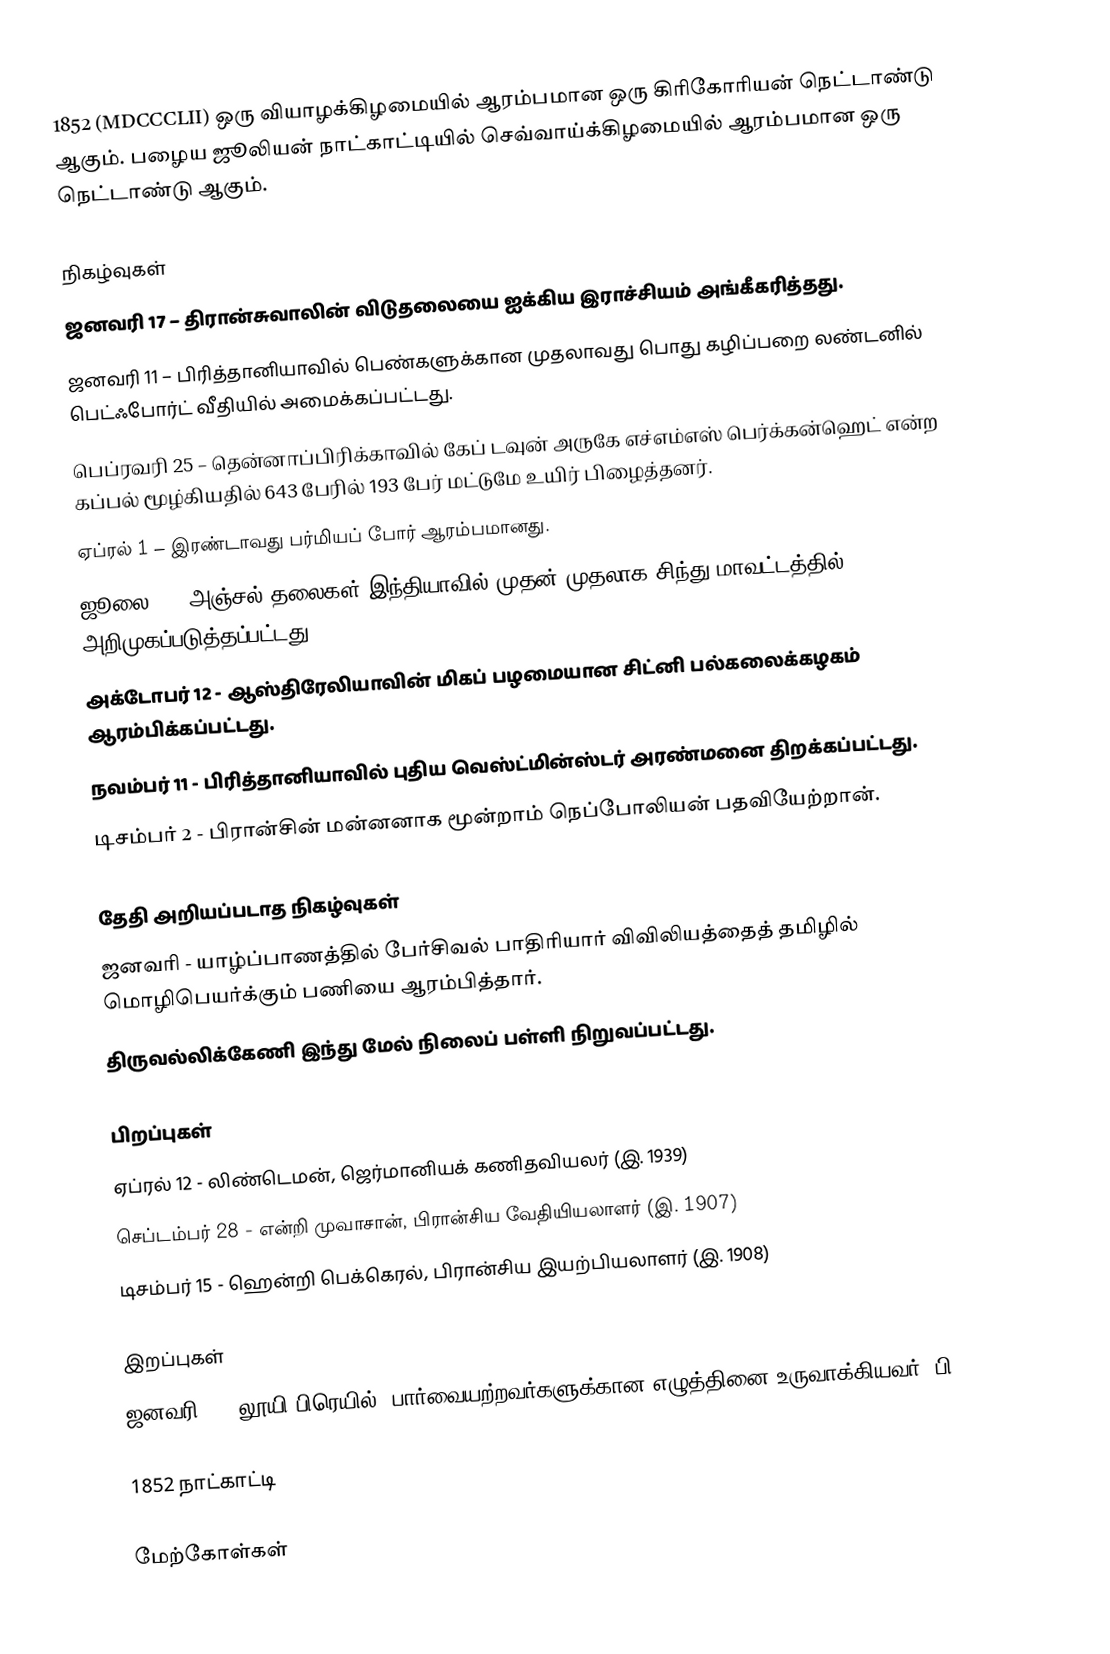
1852  (MDCCCLII) ஒரு வியாழக்கிழமையில் ஆரம்பமான ஒரு கிரிகோரியன் நெட்டாண்டு ஆகும். பழைய ஜூலியன் நாட்காட்டியில் செவ்வாய்க்கிழமையில் ஆரம்பமான ஒரு நெட்டாண்டு ஆகும்.

நிகழ்வுகள்
ஜனவரி 17 – திரான்சுவாலின் விடுதலையை ஐக்கிய இராச்சியம் அங்கீகரித்தது.
ஜனவரி 11 – பிரித்தானியாவில் பெண்களுக்கான முதலாவது பொது கழிப்பறை லண்டனில் பெட்ஃபோர்ட் வீதியில் அமைக்கப்பட்டது.
பெப்ரவரி 25 – தென்னாப்பிரிக்காவில் கேப் டவுன் அருகே எச்எம்எஸ் பெர்க்கன்ஹெட் என்ற கப்பல் மூழ்கியதில் 643 பேரில் 193 பேர் மட்டுமே உயிர் பிழைத்தனர்.
ஏப்ரல் 1 – இரண்டாவது பர்மியப் போர் ஆரம்பமானது.
 ஜூலை 1 - அஞ்சல் தலைகள் இந்தியாவில் முதன் முதலாக சிந்து மாவட்டத்தில் அறிமுகப்படுத்தப்பட்டது.
 அக்டோபர் 12 - ஆஸ்திரேலியாவின் மிகப் பழமையான சிட்னி பல்கலைக்கழகம் ஆரம்பிக்கப்பட்டது.
நவம்பர் 11 - பிரித்தானியாவில் புதிய வெஸ்ட்மின்ஸ்டர் அரண்மனை திறக்கப்பட்டது.
 டிசம்பர் 2 - பிரான்சின் மன்னனாக மூன்றாம் நெப்போலியன் பதவியேற்றான்.

தேதி அறியப்படாத நிகழ்வுகள்
 ஜனவரி - யாழ்ப்பாணத்தில் பேர்சிவல் பாதிரியார் விவிலியத்தைத் தமிழில் மொழிபெயர்க்கும் பணியை ஆரம்பித்தார்.
 திருவல்லிக்கேணி இந்து மேல் நிலைப் பள்ளி நிறுவப்பட்டது.

பிறப்புகள்
 ஏப்ரல் 12 - லிண்டெமன்,  ஜெர்மானியக் கணிதவியலர் (இ. 1939)
 செப்டம்பர் 28 - என்றி முவாசான், பிரான்சிய வேதியியலாளர் (இ. 1907)
 டிசம்பர் 15 - ஹென்றி பெக்கெரல், பிரான்சிய இயற்பியலாளர் (இ. 1908)

இறப்புகள்
 ஜனவரி 6 - லூயி பிரெயில், பார்வையற்றவர்களுக்கான எழுத்தினை உருவாக்கியவர் (பி. 1809)

1852 நாட்காட்டி

மேற்கோள்கள்